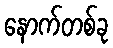
နောက်တစ်ခု